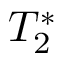
T _ { 2 } ^ { * }